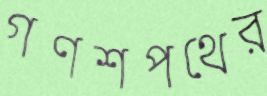
গণশপথের